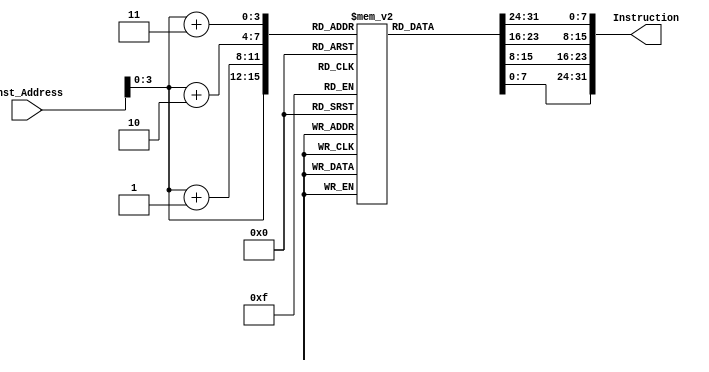
module Instruction_Memory
(
  input [63:0] Inst_Address,
  output reg [31:0] Instruction
);
  reg [7:0]Instruction_Memory[15:0];
  initial
    begin
        Instruction_Memory[0] = 8'b0_0110011;
        Instruction_Memory[1] = 8'b1_000_0000;
        Instruction_Memory[2] = 8'b1001_0100;
        Instruction_Memory[3] = 8'b0000000_0;
        Instruction_Memory[4] = 8'b0_0110011;
        Instruction_Memory[5] = 8'b0_000_0110;
        Instruction_Memory[6] = 8'b0000_0101;
        Instruction_Memory[7] = 8'b0000000_0;
        Instruction_Memory[8] = 8'b1_0110011;
        Instruction_Memory[9] = 8'b0_000_0001;
        Instruction_Memory[10] = 8'b1100_0000;
        Instruction_Memory[11] = 8'b0000000_0;
        Instruction_Memory[12] = 8'b0_0110011;
        Instruction_Memory[13] = 8'b0_000_0010;
        Instruction_Memory[14] = 8'b0011_0110;
        Instruction_Memory[15] = 8'b0000000_0;
    end

    
    always @(Inst_Address)
    begin
      Instruction = {Instruction_Memory[Inst_Address[3:0]+3],Instruction_Memory[Inst_Address[3:0]+2],Instruction_Memory[Inst_Address[3:0]+1],Instruction_Memory[Inst_Address[3:0]]};
    end
endmodule